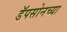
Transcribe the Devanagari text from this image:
डॅपसोनच्या